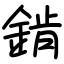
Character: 錹